Papers set at the Examination for Leaving Certificates, 1893
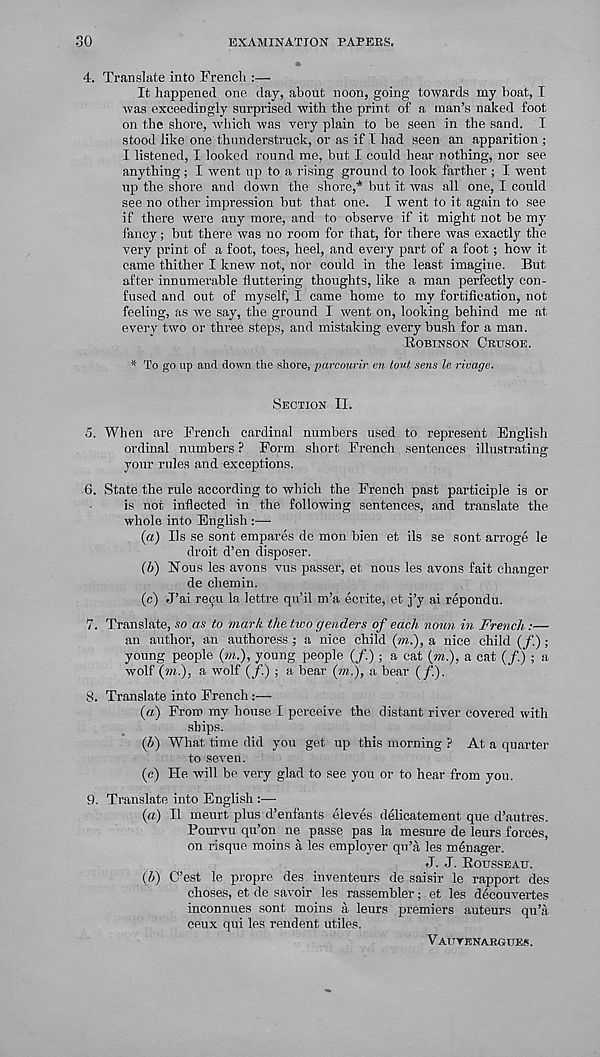
30
EXAMINATION PAPERS.
4.
Translate into French :—
It happened one day, about noon, going towards my boat, I
was exceedingly surprised with the print of a man’s naked foot
on the shore, which was very plain to be seen in the sand. I
stood like one thunderstruck, or as if I had seen an apparition ;
I listened, I looked round me, but I could hear nothing, nor see
anything; I went up to a rising ground to look farther ; I went
up the shore and down the shore,* but it was all one, I could
see no other impression but that one. I went to it again to see
if there were any more, and to observe if it might not be my
fancy; but there was no room for that, for there was exactly the
very print of a foot, toes, heel, and every part of a foot; how it
came thither I knew not, nor could in the least imagine. But
after innumerable fluttering thoughts, like a man perfectly con-
fused and out of myself, I came home to my fortification, not
feeling, as we say, the ground I went on, looking behind me at
every two or three steps, and mistaking every bush for a man.
ROBINSON CRUSOE.
* To go up and down the shore, parcourir en tout sens le rivage.
SECTION II.
5. When are French cardinal numbers used to represent English
ordinal numbers ? Form short French sentences illustrating
your rules and exceptions.
6. State the rule according to which the French past participle is or
is not inflected in the following sentences, and translate the
whole into English
(a) Ils se sont empares de mon bien et ils se sont arroge le
droit d’en disposer.
(b) Nous les avons vus passer, et nous les avons fait changer
de chemin.
(c) J’ai reiju la lettre qu’il m’a ecrite, et j’y ai repondu.
7. Translate, so as to mark the two genders of each noun in French:—
an author, an authoress ; a nice child (m.), a nice child (/.) ;
young people (m.), young people (/.); a cat (m.), a cat (/.) ; a
wolf (m.), a wolf (/.) ; a bear (m.), a bear (/.).
8. Translate into French:—
(a) From my house I perceive the distant river covered with
ships.
(b) What time did you get up this morning ? At a quarter
to seven.
(c) He will be very glad to see you or to hear from you.
9. Translate into English :—
(a) II meurt plus d’enfants eleves delicatement que d’autres.
Pourvu qu’on ne passe pas la mesure de leurs forces,
on risque moins a les employer qn’a les menager.
J. J. ROUSSEAU.
(b) C’est le propre des inventeurs de saisir le rapport des
choses, et de savoir les rassembler; et les decouvertes
inconnues sont moins a leurs premiers auteurs qu’a
ceux qui les rendent utiles.
VATTVENARUUES.